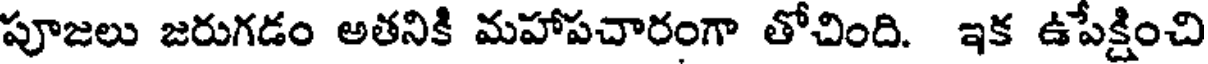
పూజలు జరుగడం అతనికి మహాపచారంగా తోచింది. ఇక ఉపేక్షించి